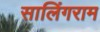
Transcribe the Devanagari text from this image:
सालिंगराम